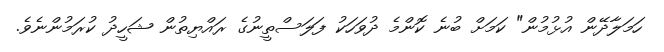
ހަމަލާދޭން އުޅުމުން" ކަމަށް ބުނެ ކޮންމެ ދުވަހަކު ފަލަސްތީނުގެ ރައްޔިތުން ޝަހީދު ކުރަމުންނެވެ.